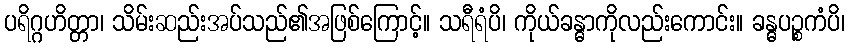
ပရိဂ္ဂဟိတ္တာ၊ သိမ်းဆည်းအပ်သည်၏အဖြစ်ကြောင့်။ သရီရံပိ၊ ကိုယ်ခန္ဓာကိုလည်းကောင်း။ ခန္ဓပဉ္စကံပိ၊